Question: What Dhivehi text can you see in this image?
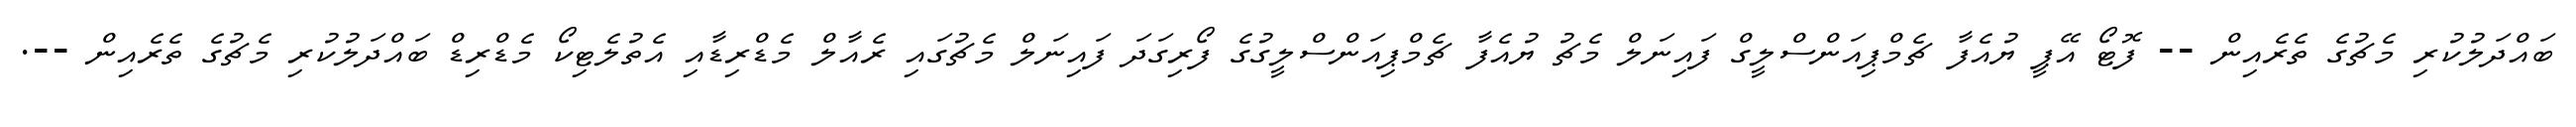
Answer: ބައްދަލުކުރި މެޗުގެ ތެރެއިން -- ފޮޓޯ އޭޕީ ޔުއެފާ ޗެމްޕިއަންސްލީގް ފައިނަލް މެޗު ޔުއެފާ ޗެމްޕިއަންސްލީގުގެ ފޯރިގަދަ ފައިނަލް މެޗުގައި ރެއާލް މެޑްރިޑާއި އެތުލެޓިކޯ މެޑްރިޑް ބައްދަލުކުރި މެޗުގެ ތެރެއިން --.